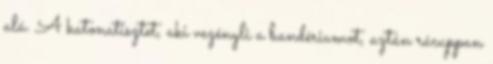
alá. A katonatisztet, aki vezényli a bandériumot, aztán rácuppan